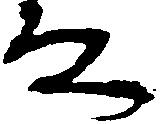
な